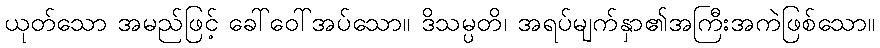
ယုတ်သော အမည်ဖြင့် ခေါ်ဝေါ်အပ်သော။ ဒိသမ္ပတိ၊ အရပ်မျက်နှာ၏အကြီးအကဲဖြစ်သော။